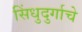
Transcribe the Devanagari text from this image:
सिंधुदुर्गाचे